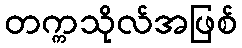
တက္ကသိုလ်အဖြစ်